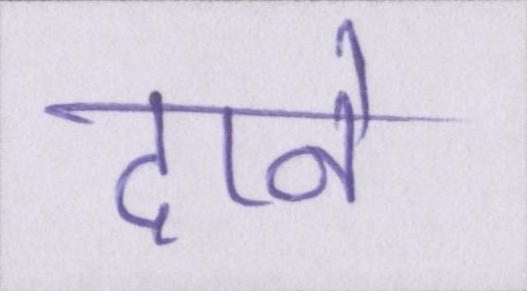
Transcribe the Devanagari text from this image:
दाने